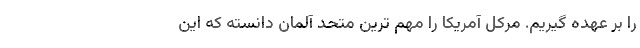
را بر عهده گیریم. مرکل آمریکا را مهم ترین متحد آلمان دانسته که این